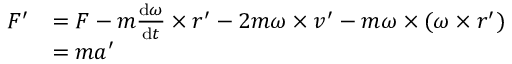
{ \begin{array} { r l } { { \boldsymbol { F ^ { \prime } } } } & { = { \boldsymbol { F } } - m { \frac { \mathrm { d } { \boldsymbol { \omega } } } { \mathrm { d } t } } \times { \boldsymbol { r ^ { \prime } } } - 2 m { \boldsymbol { \omega } } \times { \boldsymbol { v ^ { \prime } } } - m { \boldsymbol { \omega } } \times ( { \boldsymbol { \omega } } \times { \boldsymbol { r ^ { \prime } } } ) } \\ & { = m { \boldsymbol { a ^ { \prime } } } } \end{array} }